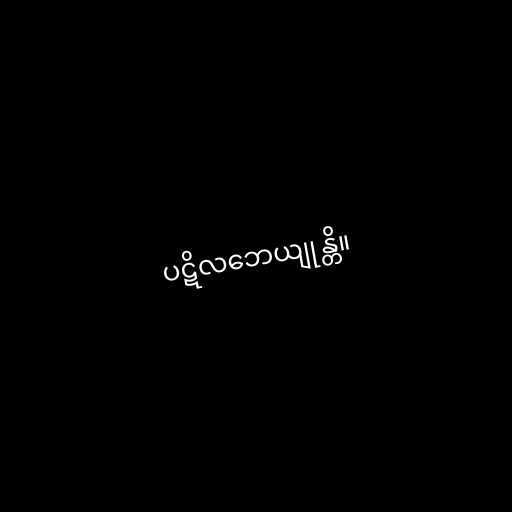
ပဋိလဘေယျုန္တိ။